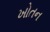
ખોતન